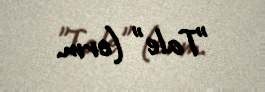
"Tale" (erm.